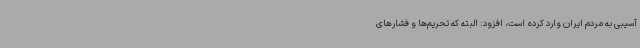
آسیبی به مردم ایران وارد کرده است، افزود: البته که تحریم‌ها و فشارهای